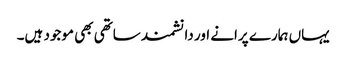
یہاں ہمارے پرانے اور دانشمند ساتھی بھی موجود ہیں۔